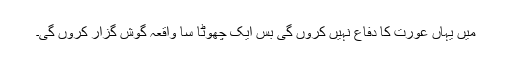
میں یہاں عورت کا دفاع نہیں کروں گی بس ایک چھوٹا سا واقعہ گوش گزار کروں گی۔